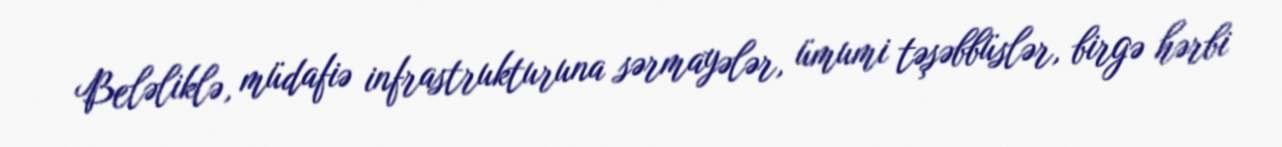
Beləliklə, müdafiə infrastrukturuna sərmayələr, ümumi təşəbbüslər, birgə hərbi